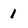
Character: 1